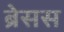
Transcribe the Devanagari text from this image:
ब्रेसस